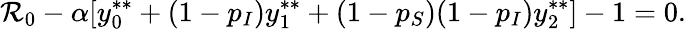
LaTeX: \mathcal{R}_{0}-\alpha[y_{0}^{**}+(1-p_{I})y_{1}^{**}+(1-p_{S})(1-p_{I})y_{2}^{**}]-1=0.